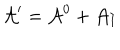
{ \cal A } ^ { \prime } = { \cal A } ^ { 0 } + { \cal A } _ { I }